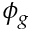
\phi _ { g }